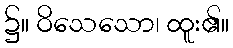
၌။ ဝိသေသော၊ ထူး၏။